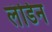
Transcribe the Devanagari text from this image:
लंडिन